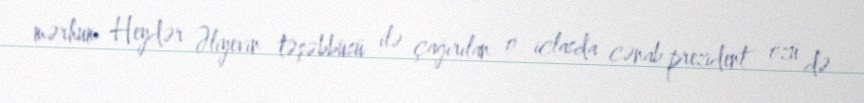
mərhum Heydər Əliyevin təşəbbüsü ilə çağırılan o iclasda cənab prezident özü də